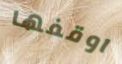
اوقفها